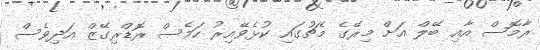
ރާމޮސް އާއި ބޭލް އަށް މިރޭގެ މެޗުގައި ކުޅެވޭއިރު ހަމެސް ރޮޑްރިގޭޒް އަދިވެސް